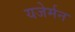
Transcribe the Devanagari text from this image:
यजेर्मन